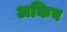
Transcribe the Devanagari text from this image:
अकिब